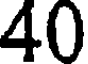
40